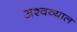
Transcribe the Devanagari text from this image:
अश्वव्याल